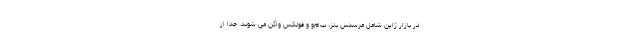
در بازار ژاپن شامل مرسدس بنز، ب‌ام‌و و فولکس واگن می شوند. جدا از